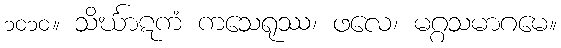
၁၀၁၀။ သိင်္ဃာဋကံ ကသေရုဿ၊ ဖလေ၊ မဂ္ဂသမာဂမေ။